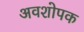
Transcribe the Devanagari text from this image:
अवशोपक